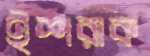
ইশরাক